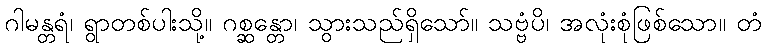
ဂါမန္တရံ၊ ရွာတစ်ပါးသို့။ ဂစ္ဆန္တော၊ သွားသည်ရှိသော်။ သဗ္ဗံပိ၊ အလုံးစုံဖြစ်သော။ တံ